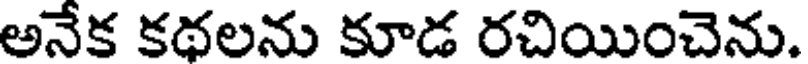
అనేక కథలను కూడ రచియించెను.